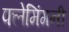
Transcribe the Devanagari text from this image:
फ्लेमिंगनी